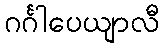
ဂင်္ဂါပေယျာလီ